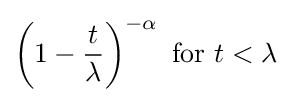
\left(1-{\frac {t}{\lambda }}\right)^{-\alpha }{\text{ for }}t<\lambda